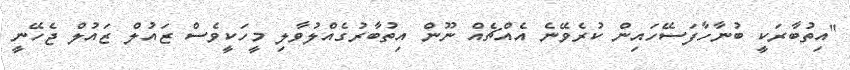
"އިތުބާރަކީ ބުނާހާފަސޭހައިން ކުރެވޭނެ އެއްޗެއް ނޫން އިތުބާރުގެއްލުވާލި މީހަކީވެސް ޒައުލް ޒައުލް ޖެހޭނީ